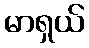
မာရှယ်